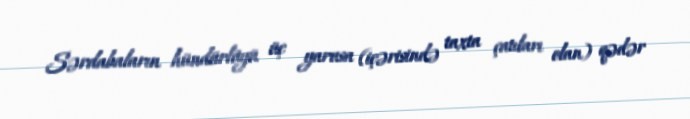
Sərdabaların hündürlüyü üç yarusa (içərisində taxta çatıları olan) qədər